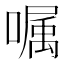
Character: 嘱